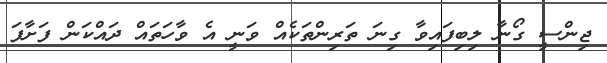
ޖިންސީ ގޯނާ ލިބިފައިވާ ގިނަ ތަރިންތަކެއް ވަނީ އެ ވާހަތައް ދައްކަން ފަށާފަ